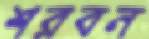
শরবন